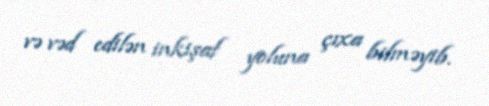
və vəd edilən inkişaf yoluna çıxa bilməyib.